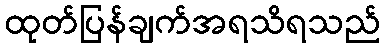
ထုတ်ပြန်ချက်အရသိရသည်